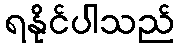
ရနိုင်ပါသည်